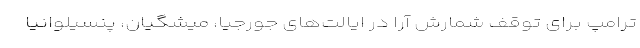
ترامپ برای توقف شمارش آرا در ایالت‌های جورجیا، میشگیان، پنسیلوانیا